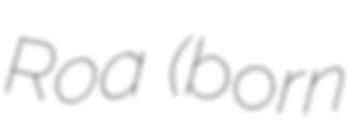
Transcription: Roa (born